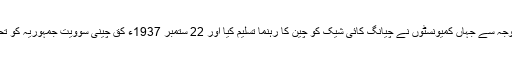
اس فرنٹ کی وجہ سے جہاں کمیونسٹوں نے چیانگ کائی شیک کو چین کا رہنما تسلیم کیا اور 22 ستمبر 1937ء کق چینی سوویت جمہوریہ کو تحلیل کر دیا گیا۔